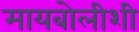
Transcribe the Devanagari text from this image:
मायबोलीशी